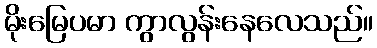
မိုးမြေပမာ ကွာလွန်းနေလေသည်။